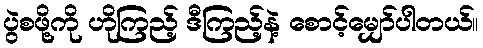
ပွဲစဖို့ကို ဟိုကြည့် ဒီကြည့်နဲ့ စောင့်မျှော်ပါတယ်။